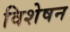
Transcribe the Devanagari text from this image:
विशेषन